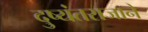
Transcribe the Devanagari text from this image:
दुष्यंतराजाने